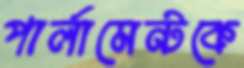
পার্লামেন্টকে